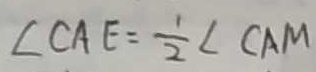
\angle C A E = \frac { 1 } { 2 } \angle C A M